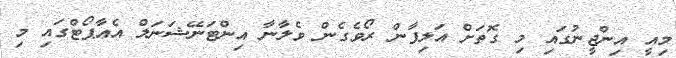
މިއީ އިންޖީނުގައި މި ގޮތަށް އަލިފާން ރޯވެގެން ވެލާނާ އިންޓަނޭޝަނަލް އެއާޕޯޓްގައި މި